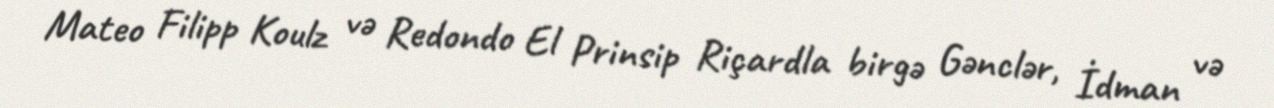
Mateo Filipp Koulz və Redondo El Prinsip Riçardla birgə Gənclər, İdman və